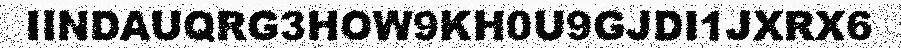
IINDAUQRG3HOW9KH0U9GJDI1JXRX6